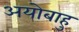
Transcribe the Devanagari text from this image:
अयोबाहु